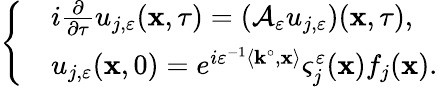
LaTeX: \left\{ \begin{array}{rl}&{i\frac{\partial}{\partial\tau}u_{j,\varepsilon}(\mathbf{x},\tau)=(\mathcal{A}_{\varepsilon}u_{j,\varepsilon})(\mathbf{x},\tau),}\\ &{u_{j,\varepsilon}(\mathbf{x},0)=e^{i\varepsilon^{-1}\left\langle\mathbf{k}^{\circ},\mathbf{x}\right\rangle}\varsigma_{j}^{\varepsilon}(\mathbf{x})f_{j}(\mathbf{x}).}\end{array}\right.